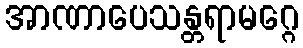
အာဏာပေသန္တရာမဂ္ဂေ